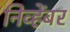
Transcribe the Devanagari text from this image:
निव्हेंबर